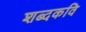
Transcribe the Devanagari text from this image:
शब्दकवि